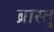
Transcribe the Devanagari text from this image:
ब्रास्तु